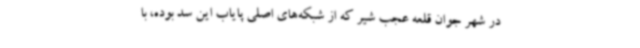
در شهر جوان قلعه عجب شیر که از شبکه‌های اصلی پایاب این سد بوده، با